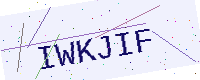
Text: IWKJIF